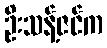
ဦးသန့်ဇင်က